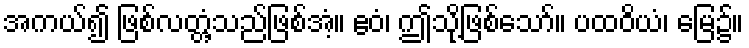
အကယ်၍ ဖြစ်လတ္တံ့သည်ဖြစ်အံ့။ ဧဝံ၊ ဤသို့ဖြစ်သော်။ ပထဝိယံ၊ မြေ၌။